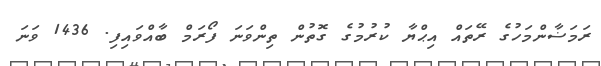
ރަމަޟާންމަހުގެ ރޭތައް އިޙްޔާ ކުރުމުގެ ގޮތުން ތިންވަނަ ފޯރަމް ބާއްވައިފި. 1436 ވަނަ